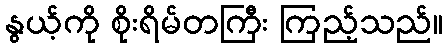
နွယ့်ကို စိုးရိမ်တကြီး ကြည့်သည်။